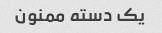
یک دسته ممنون